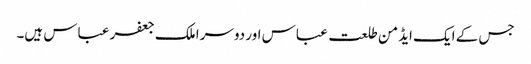
جس کے ایک ایڈمن طلعت عباس اور دوسرا ملک جعفر عباس ہیں۔